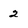
Character: 2